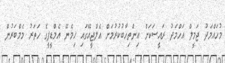
މުހައްމަދު ޖަމީލް އަހްމަދު ރައީސަކަށް އިންތިހާބުކުރުމަށް އެލްޖީއޭގައި ހިމެނޭ އެމްޑީޕީގެ ހަތަރު މެމްބަރުން